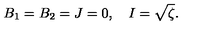
B _ { 1 } = B _ { 2 } = J = 0 , \quad I = \sqrt { \zeta } .